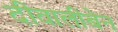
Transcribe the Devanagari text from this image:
दीवालीबेन